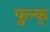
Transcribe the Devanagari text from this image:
फुन्क्